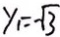
y _ { 1 } = - \sqrt { 3 }